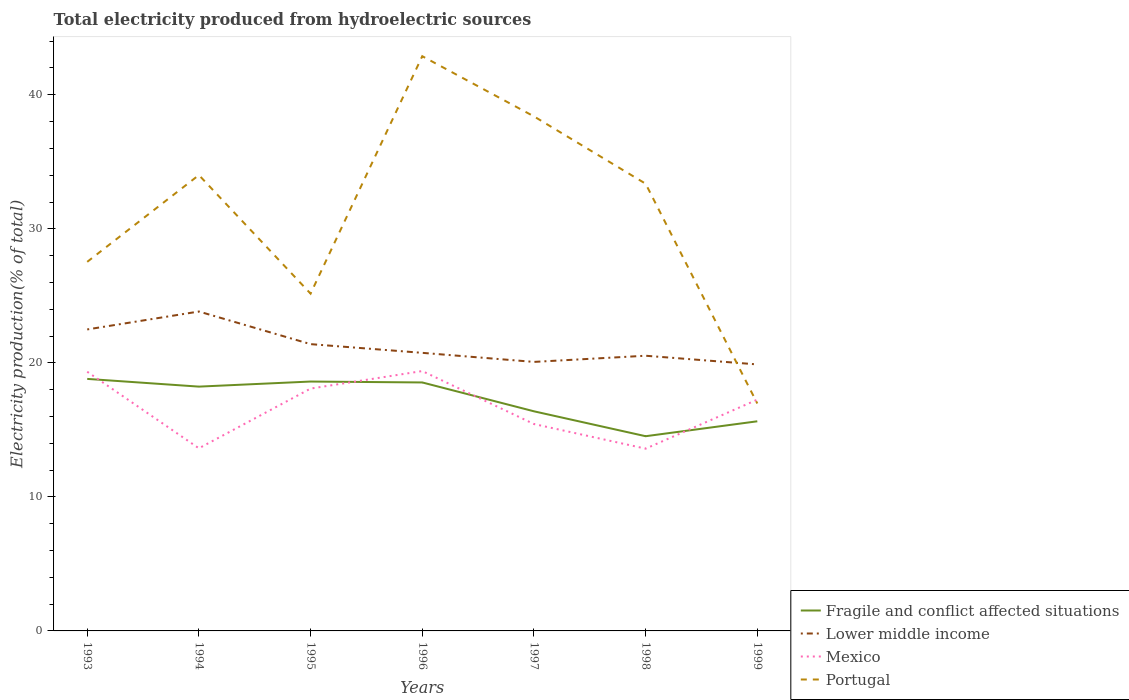
| Years | Fragile and conflict affected situations | Lower middle income | Mexico | Portugal |
 | --- | --- | --- | --- | --- |
 | 1993 | 18.8 | 22.5 | 19.3 | 27.5 |
 | 1994 | 18.2 | 23.8 | 13.6 | 34 |
 | 1995 | 18.6 | 21.4 | 18.1 | 25.2 |
 | 1996 | 18.5 | 20.7 | 19.4 | 42.9 |
 | 1997 | 16.4 | 20.1 | 15.4 | 38.4 |
 | 1998 | 14.5 | 20.5 | 13.6 | 33.4 |
 | 1999 | 15.6 | 19.9 | 17.3 | 17 |